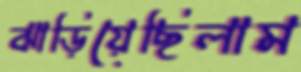
ঝাড়িয়েছিলাম